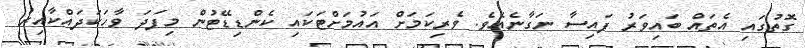
ގޮތުގައި އެތައް ބައިވަރު ފައިސާ ނަގާނެއެވެ. ވެރިކަމަށް އަައުމަށްޓަކައި ކެންޑިޑޭޓުން މިފަދަ ވާހަކަދައްކާއިރު